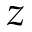
z